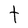
Character: t